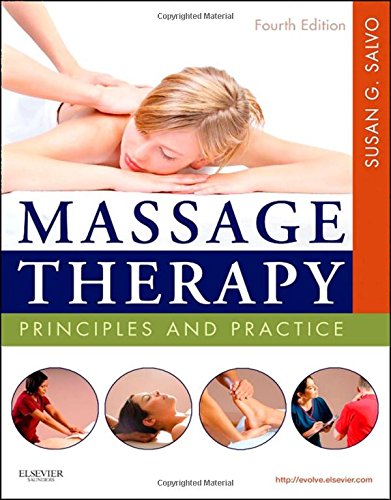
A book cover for Massage Therapy: Principles and Practice, 4e; Susan G. Salvo M.Ed.  LMT  NTS  CI  NCTMB; Medical Books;